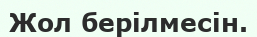
Жол берілмесін.